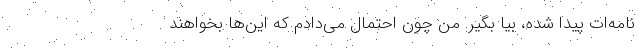
نامه‌ات پیدا شده، بیا بگیر. من چون احتمال می‌دادم که این‌ها بخواهند